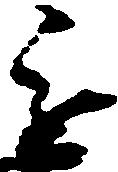
進